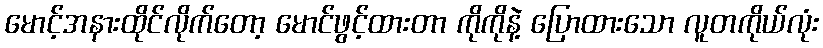
မောင့်အနားထိုင်လိုက်တော့ မောင်ဖွင့်ထားတာ ကိုကိုနဲ့ ပြောထားသော လူတကိုယ်လုံး